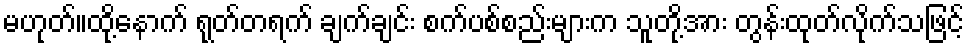
မဟုတ်။ထို့နောက် ရုတ်တရက် ချက်ချင်း စက်ပစ်စည်းများက သူတို့အား တွန်းထုတ်လိုက်သဖြင့်